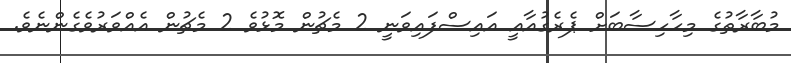
މުބާރާތުގެ މިހާހިސާބަށް ޕެރެގުއާއީ އައިސްފައިވަނީ 2 މެޗުން މޮޅުވެ 2 މެޗުން އެއްވަރުވެގެންނެވެ.